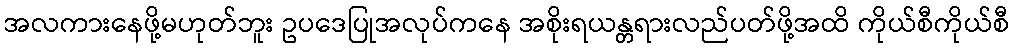
အလကားနေဖို့မဟုတ်ဘူး ဥပဒေပြုအလုပ်ကနေ အစိုးရယန္တရားလည်ပတ်ဖို့အထိ ကိုယ်စီကိုယ်စီ